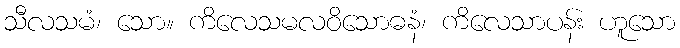
သီလသမံ၊ သော။ ကိလေသမလဝိသောဓနံ၊ ကိလေသာပန်း ဟူသော